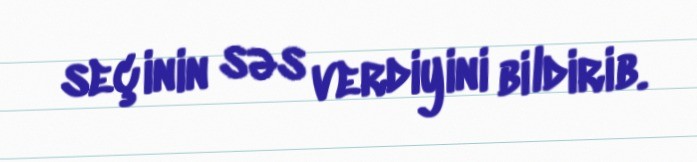
seçinin səs verdiyini bildirib.